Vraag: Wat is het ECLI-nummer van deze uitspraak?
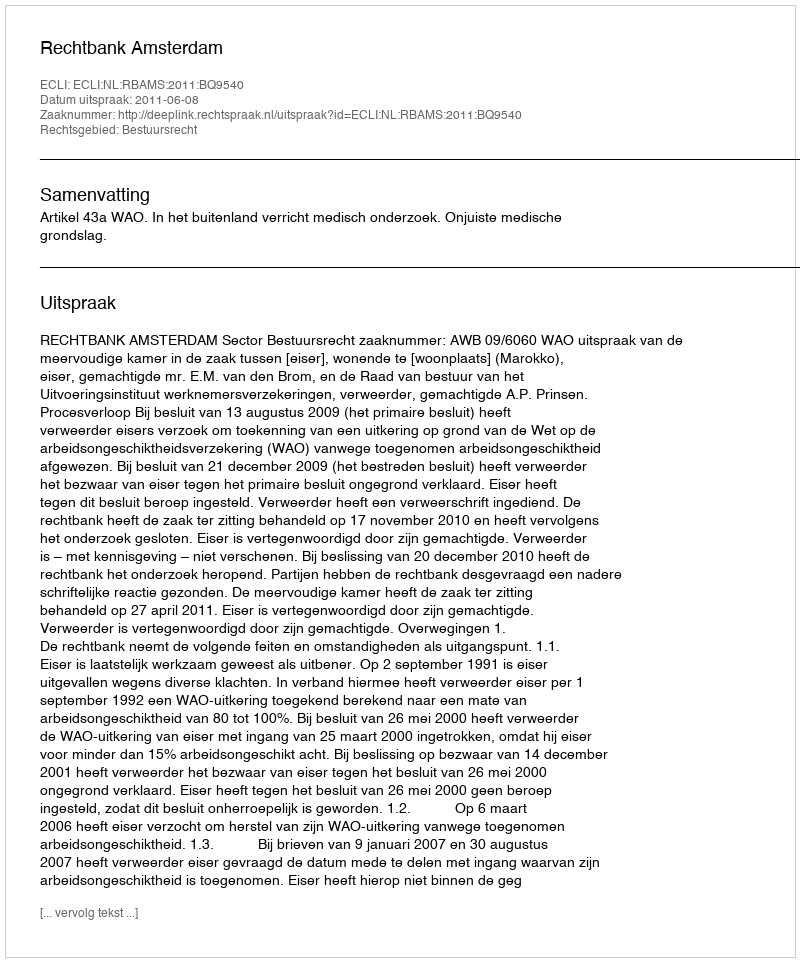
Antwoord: ECLI:NL:RBAMS:2011:BQ9540